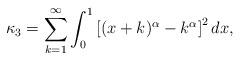
LaTeX: \begin{align*} \kappa_3= \sum_{k=1}^ \infty \int_{0}^1\left[(x+k)^{\alpha}-k^{\alpha}\right] ^2dx,\end{align*}